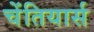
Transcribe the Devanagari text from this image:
चेंतियार्स